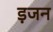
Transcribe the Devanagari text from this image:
ड़जन